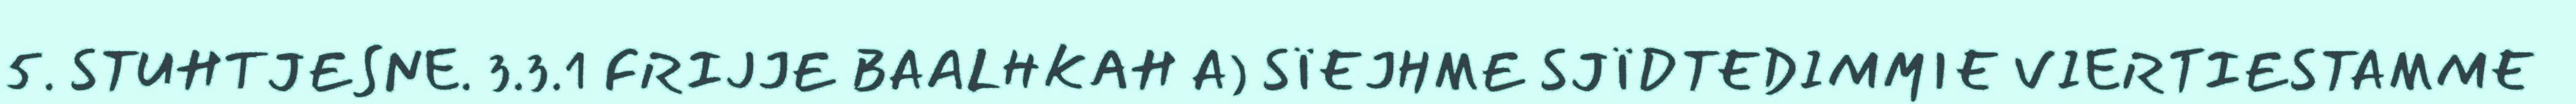
5. STUHTJESNE. 3.3.1 FRIJJE BAALHKAH A) SÏEJHME SJÏDTEDIMMIE VIERTIESTAMME